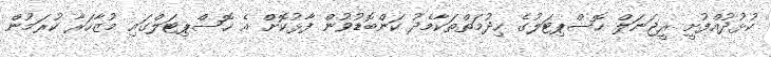
ކުޅުދުއްފުށީ ރީޖަނަލް ހޮސްޕިޓަލުގެ ހިދުމަތްތަކާމެދު ކަންބޮޑުވުން ފާޅުކޮށް އެ ހޮސްޕިޓަލްގައި މުޒާހަރާ ކުރަމުން